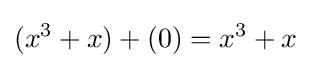
(x^{3}+x)+(0)=x^{3}+x